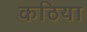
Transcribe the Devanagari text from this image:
कठिया